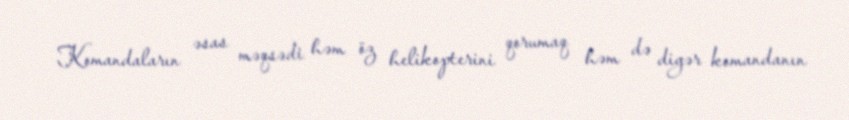
Komandaların əsas məqsədi həm öz helikopterini qorumaq həm də digər komandanın